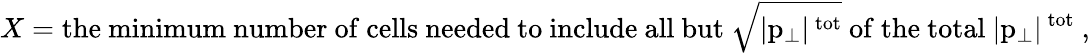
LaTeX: X=\mathrm{the~minimum~number~of~cells~needed~to~include~all~but~\sqrt{|p_{\perp}|^{\mathrm{~tot}}}~of~the~total~|p_{\perp}|^{\mathrm{~tot}}~},